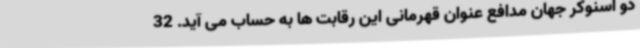
دو اسنوکر جهان مدافع عنوان قهرمانی این رقابت ها به حساب می آید. 32